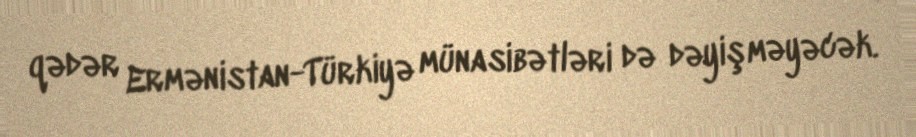
qədər Ermənistan-Türkiyə münasibətləri də dəyişməyəcək.